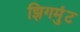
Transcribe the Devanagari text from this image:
झिगमुंट